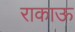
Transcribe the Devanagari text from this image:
राकाऊ